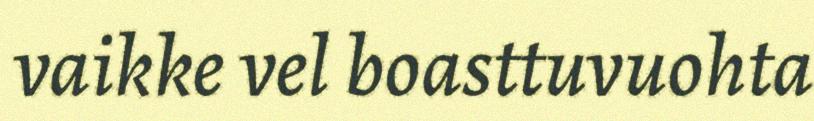
vaikke vel boasttuvuohta